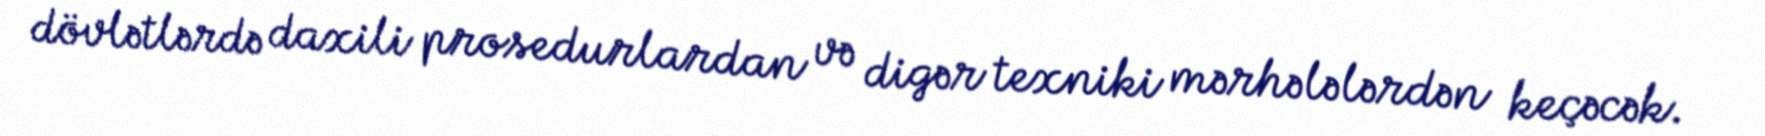
dövlətlərdə daxili prosedurlardan və digər texniki mərhələlərdən keçəcək.